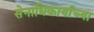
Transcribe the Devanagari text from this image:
सेनाधिकार्याच्या